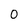
Character: 0